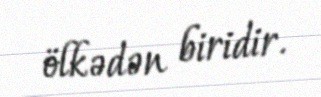
ölkədən biridir.